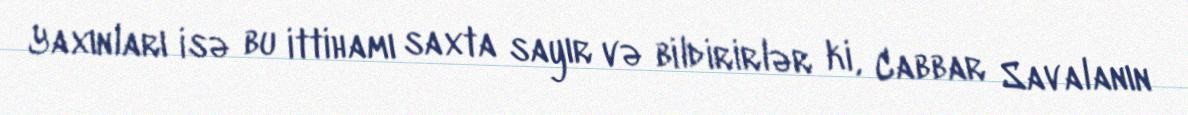
Yaxınları isə bu ittihamı saxta sayır və bildirirlər ki, Cabbar Savalanın